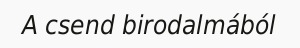
A csend birodalmából